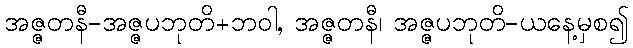
အဇ္ဇတနီ-အဇ္ဇပဘုတိ+ဘဝါ, အဇ္ဇတနီ၊ အဇ္ဇပဘုတိ-ယနေ့မှစ၍